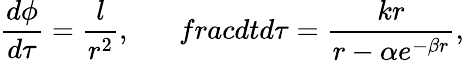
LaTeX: \frac{d\phi}{d\tau}=\frac{l}{r^{2}},\ \ \ \ \ \ \, frac{dt}{d\tau}=\frac{kr}{r-\alpha e^{-\beta r}},